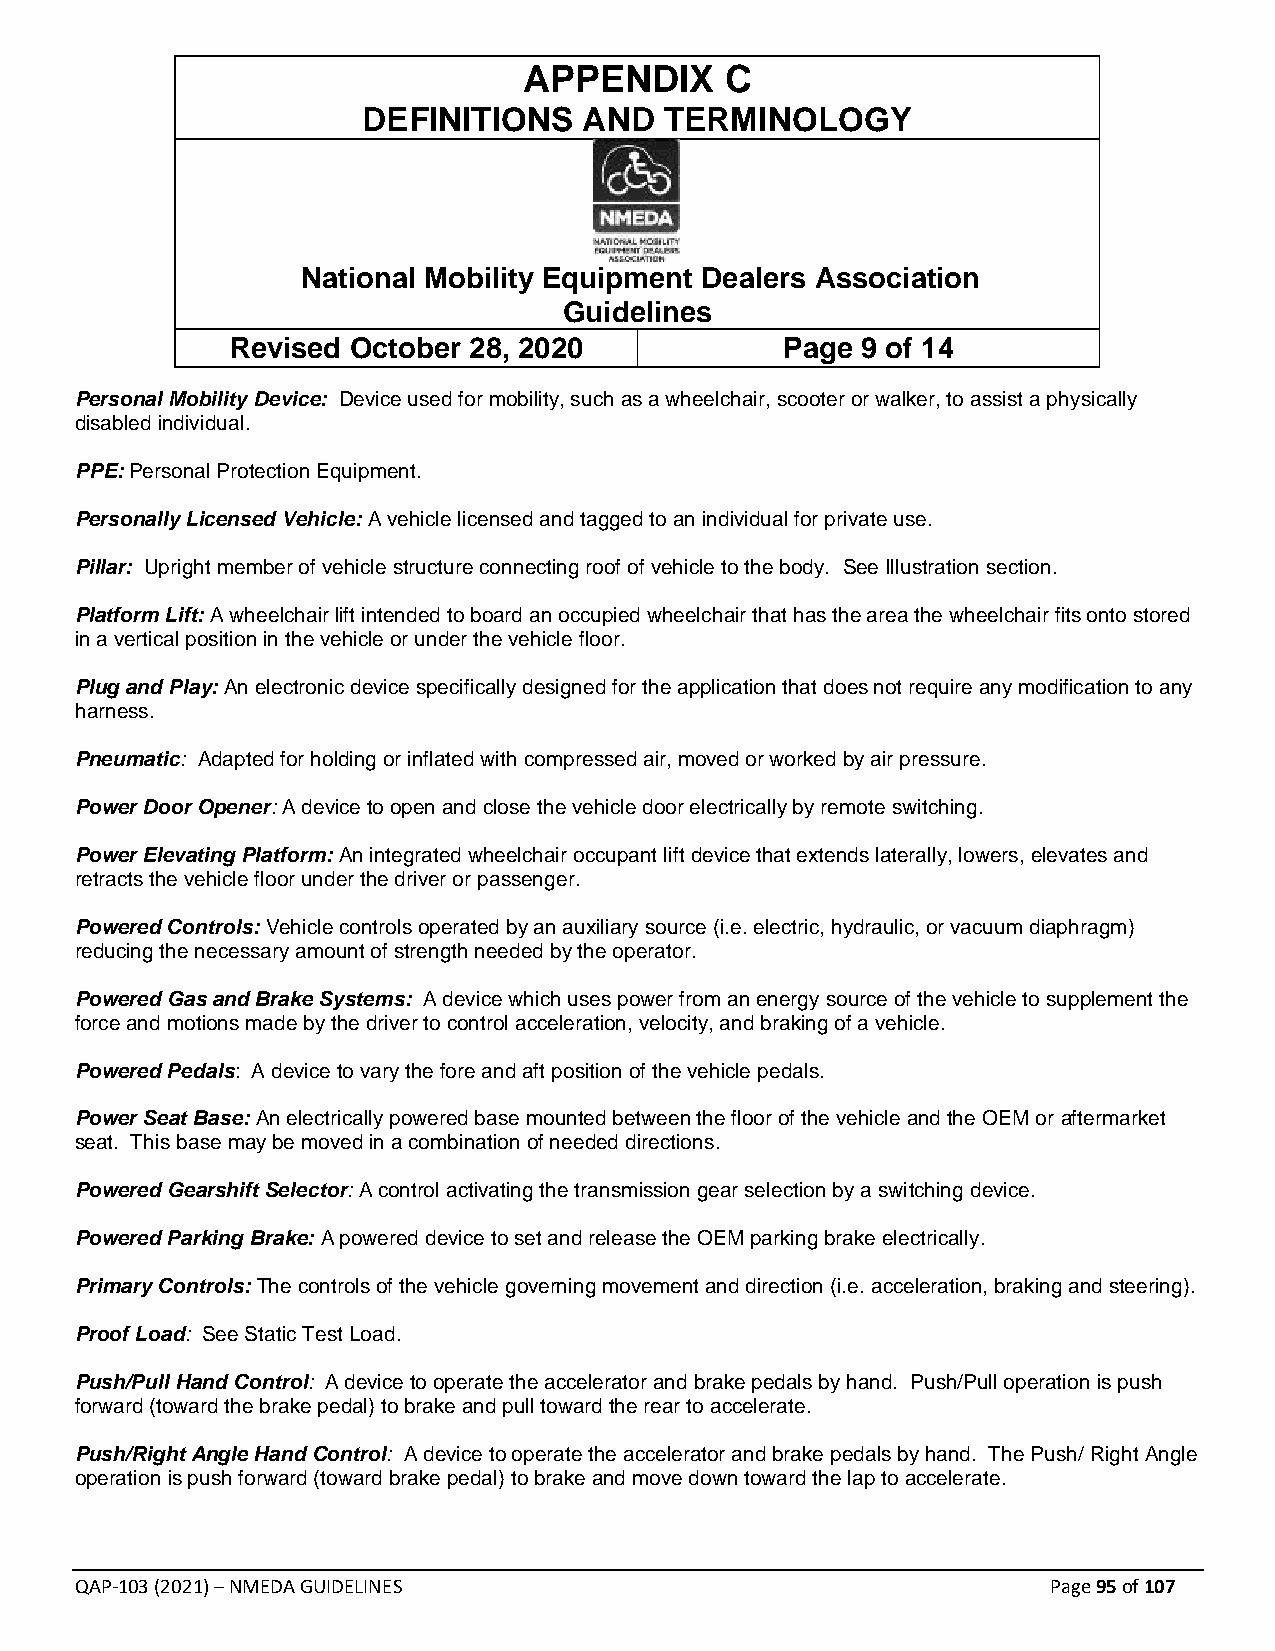
APPENDIX     C
 DEFINITIONS    AND  TERMINOLOGY
 National Mobility Equipment Dealers Association
 Guidelines
 Revised October 28, 2020             Page 9 of 14
 Personal Mobility Device: Device used for mobility, such as a wheelchair, scooter or walker, to assist a physically
 disabled individual.
 PPE: Personal Protection Equipment.
 Personally Licensed Vehicle: A vehicle licensed and tagged to an individual for private use.
 Pillar: Upright member of vehicle structure connecting roof of vehicle to the body. See Illustration section.
 Platform Lift: A wheelchair lift intended to board an occupied wheelchair that has the area the wheelchair fits onto stored
 in a vertical position in the vehicle or under the vehicle floor.
 Plug and Play: An electronic device specifically designed for the application that does not require any modification to any
 harness.
 Pneumatic: Adapted for holding or inflated with compressed air, moved or worked by air pressure.
 Power Door Opener: A device to open and close the vehicle door electrically by remote switching.
 Power Elevating Platform: An integrated wheelchair occupant lift device that extends laterally, lowers, elevates and
 retracts the vehicle floor under the driver or passenger.
 Powered Controls: Vehicle controls operated by an auxiliary source (i.e. electric, hydraulic, or vacuum diaphragm)
 reducing the necessary amount of strength needed by the operator.
 Powered Gas and Brake Systems: A device which uses power from an energy source of the vehicle to supplement the
 force and motions made by the driver to control acceleration, velocity, and braking of a vehicle.
 Powered Pedals: A device to vary the fore and aft position of the vehicle pedals.
 Power Seat Base: An electrically powered base mounted between the floor of the vehicle and the OEM or aftermarket
 seat. This base may be moved in a combination of needed directions.
 Powered Gearshift Selector: A control activating the transmission gear selection by a switching device.
 Powered Parking Brake: A powered device to set and release the OEM parking brake electrically.
 Primary Controls: The controls of the vehicle governing movement and direction (i.e. acceleration, braking and steering).
 Proof Load: See Static Test Load.
 Push/Pull Hand Control: A device to operate the accelerator and brake pedals by hand. Push/Pull operation is push
 forward (toward the brake pedal) to brake and pull toward the rear to accelerate.
 Push/Right Angle Hand Control: A device to operate the accelerator and brake pedals by hand. The Push/ Right Angle
 operation is push forward (toward brake pedal) to brake and move down toward the lap to accelerate.
 QAP-103 (2021) – NMEDA GUIDELINES                                Page 95 of 107